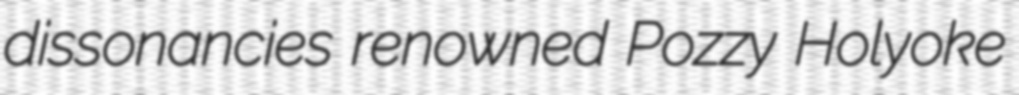
dissonancies renowned Pozzy Holyoke